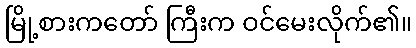
မြို့စားကတော် ကြီးက ဝင်မေးလိုက်၏။